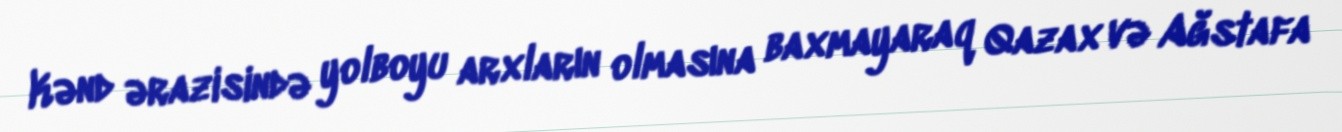
Kənd ərazisində yolboyu arxların olmasına baxmayaraq Qazax və Ağstafa